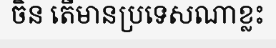
ចិន តើមានប្រទេសណាខ្លះ